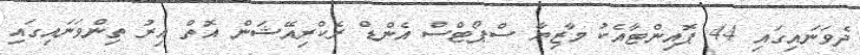
ދެވަނައިގައި 44 ޕޮއިންޓާއެކު މާޒިޔާ ސްޕޯޓްސް އެންޑް ރެކްރިއޭޝަން އޮތް އިރު ތިންވަނައިގައި